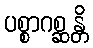
ပစ္စာဂစ္ဆန္တိ